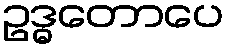
ဥဒ္ဓတောပေ